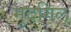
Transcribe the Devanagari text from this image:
मुदगिल्